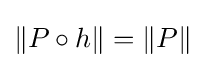
\|P\circ h\|=\|P\|